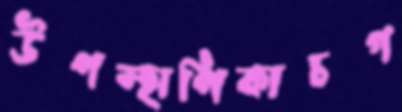
উপস্হাপিকাচগ